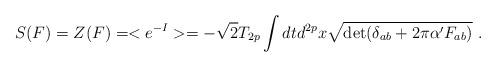
LaTeX: \begin{align*}S(F)=Z(F)=<e^{-I}>=-\sqrt{2}T_{2p}\int dt d^{2p}x\sqrt{\det (\delta_{ab}+2\pi\alpha'F_{ab})} \ .\end{align*}